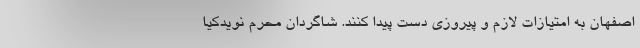
اصفهان به امتیازات لازم و پیروزی دست پیدا کنند. شاگردان محرم نویدکیا